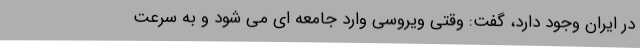
در ایران وجود دارد، گفت: وقتی ویروسی وارد جامعه ای می شود و به سرعت